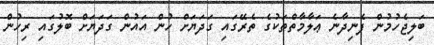
ބަލިޖެހުމުން ފެނިދާނެ ޢަލާމާތްތަކުގެ ތެރޭގައި ގަދަޔަށް ހުން އައުން ގަދަޔަށް ބޮލުގައި ރިހުން